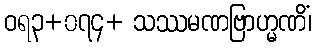
ဝရ၃+၀၇၄+ သဿမဏဗြာဟ္မဏိံ၊